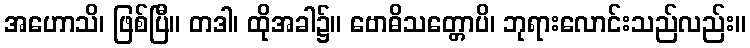
အဟောသိ၊ ဖြစ်ပြီ။ တဒါ၊ ထိုအခါ၌။ ဗောဓိသတ္တောပိ၊ ဘုရားလောင်းသည်လည်း။